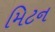
મિટન